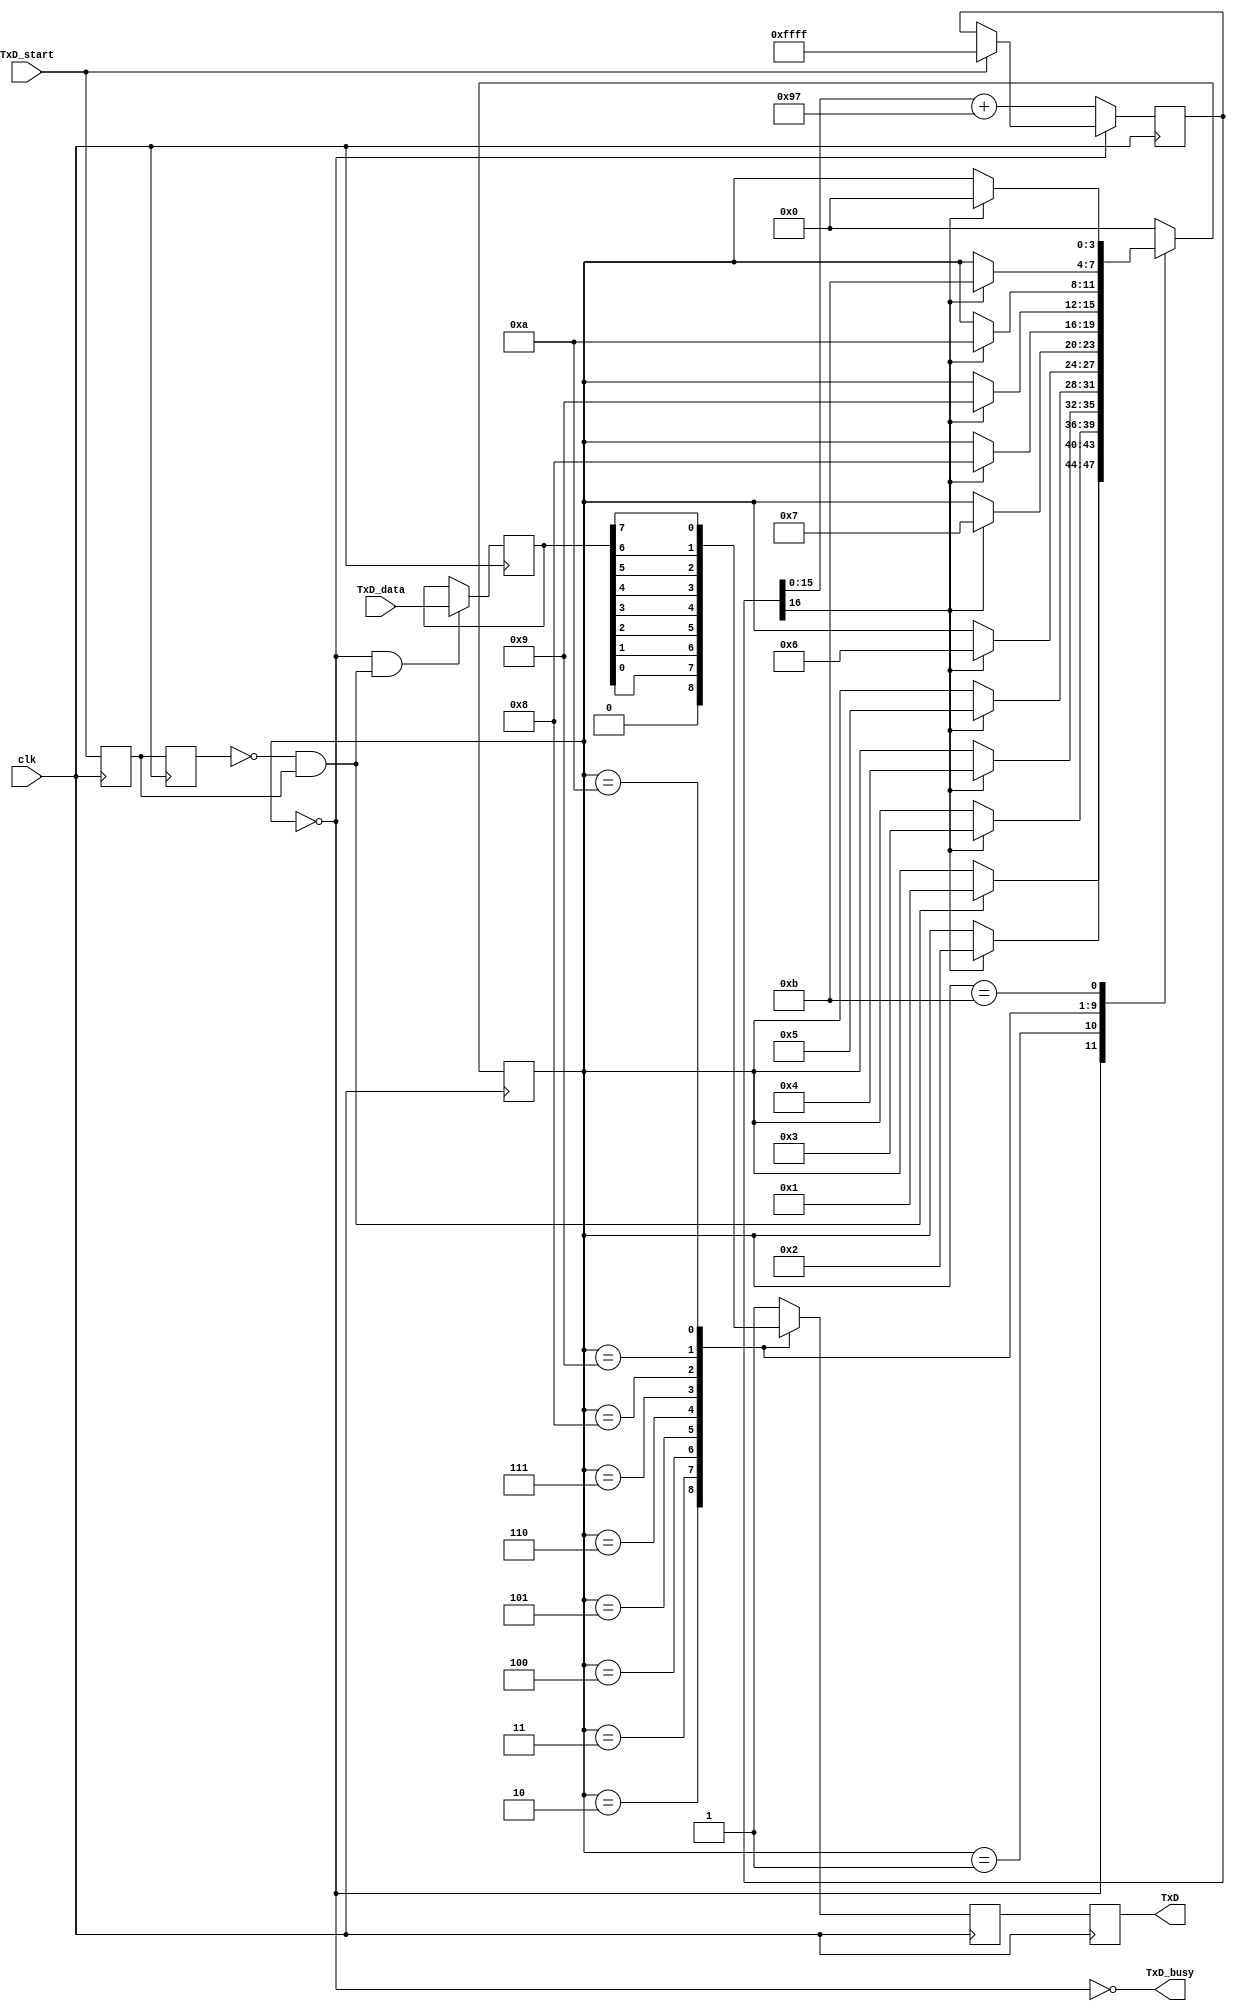
///////////////////////////////////////////
module async_send(
                  input			   clk,
					   input			   TxD_start,
					   input [7:0]	 TxD_data,					  
                  output reg   TxD,
					   output 		   TxD_busy	  
					  );
					 
				 
parameter Clk_Freq              = 50000000;	//50M
parameter Baud                  = 115200;  //
parameter BaudGeneAccWidth      = 16;	
reg [BaudGeneAccWidth:0] BaudGeneAcc;	
	                                      /* 32bit */
wire [BaudGeneAccWidth:0] BaudGeneInc = ((Baud<<(BaudGeneAccWidth-4))+(Clk_Freq>>5))/(Clk_Freq>>4);//constant	
wire BaudTick = BaudGeneAcc[BaudGeneAccWidth];	
/**********************************************************************************************************
cnt0step = 341210
0 3 6 9 12 5 8 11 4 7 10 3 6 9 12 5 8 11
0 0 0 0 1  0 0 1  0 0 1  0 0 0 1  0 0 110
***********************************************************************************************************/

reg [3:0] state;
wire TxD_ready = (state == 0);
assign TxD_busy = ~TxD_ready;	
always @(posedge clk) 
begin
   if(TxD_busy)    
	    BaudGeneAcc <= BaudGeneAcc[BaudGeneAccWidth-1:0] + BaudGeneInc;	
	else if(TxD_start)
       BaudGeneAcc <= {BaudGeneAccWidth{1'b1}};	//
end	
///////////////////////////	
reg TxD_start_tmp1;
reg TxD_start_tmp2;
always @(posedge clk) 
begin
   TxD_start_tmp1 <= TxD_start;
	TxD_start_tmp2 <= TxD_start_tmp1;
end

wire TxD_start_pulse = (~TxD_start_tmp2) & TxD_start_tmp1;


reg [7:0] TxD_dataReg;
always @(posedge clk) 
begin
   if(TxD_ready & TxD_start_pulse) //TxD_ready is necessary!
	   TxD_dataReg <= TxD_data;
end

//state change part	
always @(posedge clk)
case(state)                                          
	4'd0 : if(TxD_start_pulse) state <= 4'd1;              
	4'd1 : if(BaudTick)  state <= 4'd2;                
	4'd2 : if(BaudTick)  state <= 4'd3;  // start      
	4'd3 : if(BaudTick)  state <= 4'd4;  // bit 0      
	4'd4 : if(BaudTick)  state <= 4'd5;  // bit 1      
	4'd5 : if(BaudTick)  state <= 4'd6;  // bit 2      
	4'd6 : if(BaudTick)  state <= 4'd7;  // bit 3      
	4'd7 : if(BaudTick)  state <= 4'd8;  // bit 4      
	4'd8 : if(BaudTick)  state <= 4'd9;  // bit 5      
	4'd9 : if(BaudTick)  state <= 4'd10; // bit 6      
	4'd10: if(BaudTick)  state <= 4'd11; // bit 7  	
	4'd11: if(BaudTick)  state <= 4'd0;  // stop1            
	default:             state <= 4'd0;            
endcase	                                             

//output part	
reg muxbit;	
always @(posedge clk)
case(state)                                         
	4'd0 :  muxbit <= 1'b1;                           
	4'd1 :  muxbit <= 1'b1;                           
	4'd2 :  muxbit <= 1'b0;            // start          
	4'd3 :  muxbit <= TxD_dataReg[0];  // bit 0       
	4'd4 :  muxbit <= TxD_dataReg[1];  // bit 1       
	4'd5 :  muxbit <= TxD_dataReg[2];  // bit 2       
	4'd6 :  muxbit <= TxD_dataReg[3];  // bit 3       
	4'd7 :  muxbit <= TxD_dataReg[4];  // bit 4       
	4'd8 :  muxbit <= TxD_dataReg[5];  // bit 5       
	4'd9 :  muxbit <= TxD_dataReg[6];  // bit 6       
	4'd10:  muxbit <= TxD_dataReg[7];  // bit 7       
	4'd11:  muxbit <= 1'b1;            // stop1                
	default:muxbit <= 1'b1;                           
endcase	                                   	        

		
always @(posedge clk) 
begin
  	TxD <= muxbit;
end	
	
		
endmodule